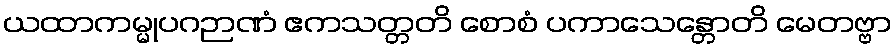
ယထာကမ္မုပဂဉာဏံ ဧကသတ္တတိ စောစံ ပကာသေန္တောတိ မေတဗ္ဗာ